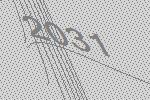
2031